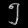
Digit: ၅